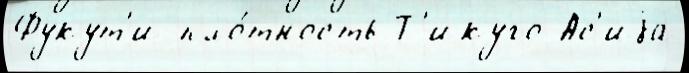
Фукут'и пло́тность Т'икуго Ас'иjа